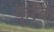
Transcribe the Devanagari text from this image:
फ़्रेंक